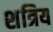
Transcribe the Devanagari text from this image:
शत्रिय